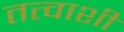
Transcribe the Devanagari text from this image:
तत्वाशी